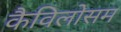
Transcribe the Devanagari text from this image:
कैविलोसम